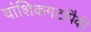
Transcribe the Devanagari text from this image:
वांशिकगटांपैकी